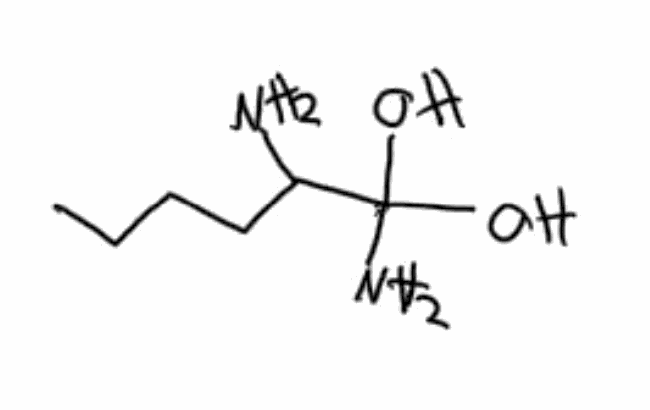
Simplified molecular-input line-entry system (SMILES) notation of the given molecule:
C[C@@]12CCC[C@H]1[C@@H]3CCC4=C([C@H]3CC2)C=CC(=C4)O